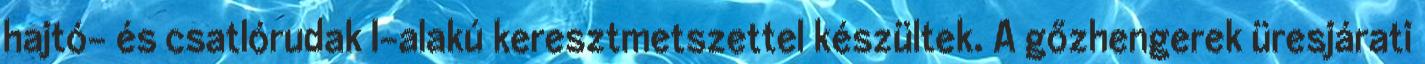
hajtó- és csatlórudak I-alakú keresztmetszettel készültek. A gőzhengerek üresjárati